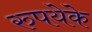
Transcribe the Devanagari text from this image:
रुपयेके